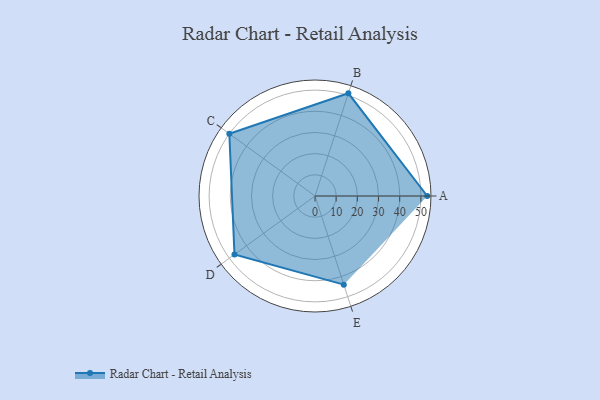
{"axis": {"x": "Skill", "y": "Score"}, "legend": ["Profile"], "data": [{"x": "A", "y": 53.0, "type": "Profile"}, {"x": "B", "y": 51.0, "type": "Profile"}, {"x": "C", "y": 50.0, "type": "Profile"}, {"x": "D", "y": 47.0, "type": "Profile"}, {"x": "E", "y": 44.0, "type": "Profile"}]}